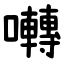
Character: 囀